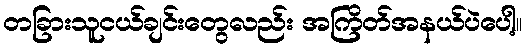
တခြားသူငယ်ချင်းတွေလည်း အကြိတ်အနယ်ပဲပေါ့။